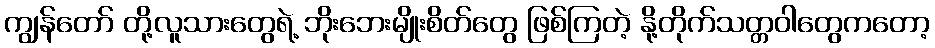
ကျွန်တော် တို့လူသားတွေရဲ့ ဘိုးဘေးမျိုးစိတ်တွေ ဖြစ်ကြတဲ့ နို့တိုက်သတ္တဝါတွေကတော့